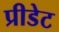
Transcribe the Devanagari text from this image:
प्रीडेट